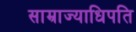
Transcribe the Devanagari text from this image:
साम्राज्याधिपति